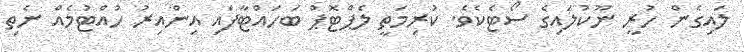
ލައިގެން ހުރީ ނޫކުލައިގެ ސޯޓެކެވެ. ކުރިމަތީ ލެޕްޓޮޕް ބަހައްޓާފައި އިންއިރު ހުއްޓުމެއް ނެތި